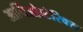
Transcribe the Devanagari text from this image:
आर्चिओप्टेरिक्स